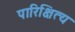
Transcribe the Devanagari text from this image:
पारिक्षित्य